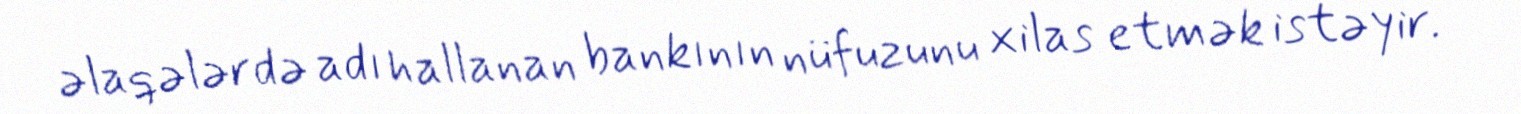
əlaqələrdə adı hallanan bankının nüfuzunu xilas etmək istəyir.